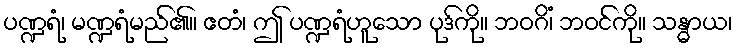
ပဏ္ဍရံ၊ မဏ္ဍရံမည်၏။ ဧတံ၊ ဤ ပဏ္ဍရံဟူသော ပုဒ်ကို။ ဘဝဂိံ၊ ဘဝင်ကို။ သန္ဓာယ၊